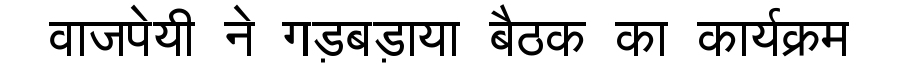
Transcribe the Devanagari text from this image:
वाजपेयी ने गड़बड़ाया बैठक का कार्यक्रम